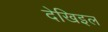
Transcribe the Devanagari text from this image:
देखिइल